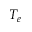
T _ { e }